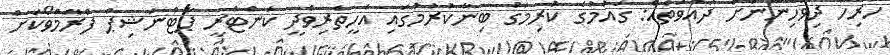
ހުރިހާ ދިވެހިންނަށް ދައުވަތެއް: ގައުމުގެ ކުރިމަގު ބިނާކުރުމުގައި އެހީތެރިވެދީ ކަންޓްރީ ޕާޓްނަޝިޕް ފްރޭމްވޯކަށް